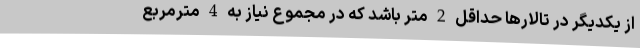
از یکدیگر در تالارها حداقل 2 متر باشد که در مجموع نیاز به 4 مترمربع